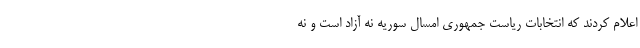
اعلام کردند که انتخابات ریاست جمهوری امسال سوریه نه آزاد است و نه